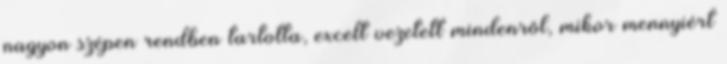
nagyon szépen rendben tartotta, excelt vezetett mindenről, mikor mennyiért